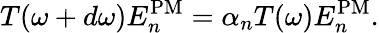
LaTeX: T(\omega+d\omega)E_{n}^{\mathrm{PM}}=\alpha_{n}T(\omega)E_{n}^{\mathrm{PM}}.